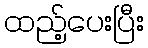
ထည့်ပေးပြီး